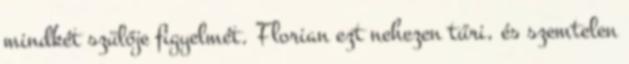
mindkét szülője figyelmét. Florian ezt nehezen tűri, és szemtelen